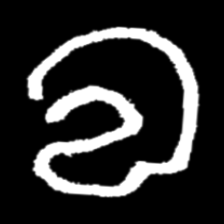
Pyu character \u2014 Myanmar letter: လ (romanized: la)